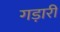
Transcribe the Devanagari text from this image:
गड़ारी